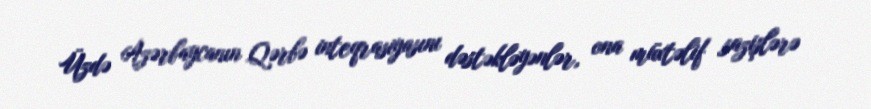
Üzdə Azərbaycanın Qərbə inteqrasiyasını dəstəkləyənlər, ona müxtəlif sazişlərə